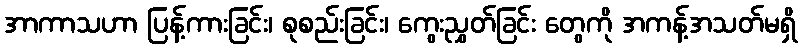
အာကာသဟာ ပြန့်ကားခြင်း၊ စုစည်းခြင်း၊ ကွေးညွှတ်ခြင်း တွေကို အကန့်အသတ်မရှိ